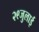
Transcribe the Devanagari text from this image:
२९जुलाई